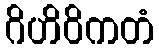
ဂိဟိဝိကတံ